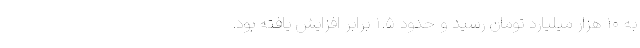
به ۱۰ هزار میلیارد تومان رسید و حدود ۱.۵ برابر افزایش یافته بود.